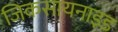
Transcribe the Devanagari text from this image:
जिकसायनाइड